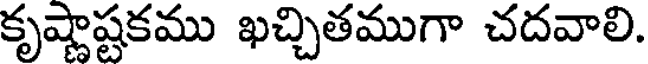
కృష్ణాష్టకము ఖచ్చితముగా చదవాలి.